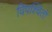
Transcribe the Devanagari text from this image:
विपश्चितों